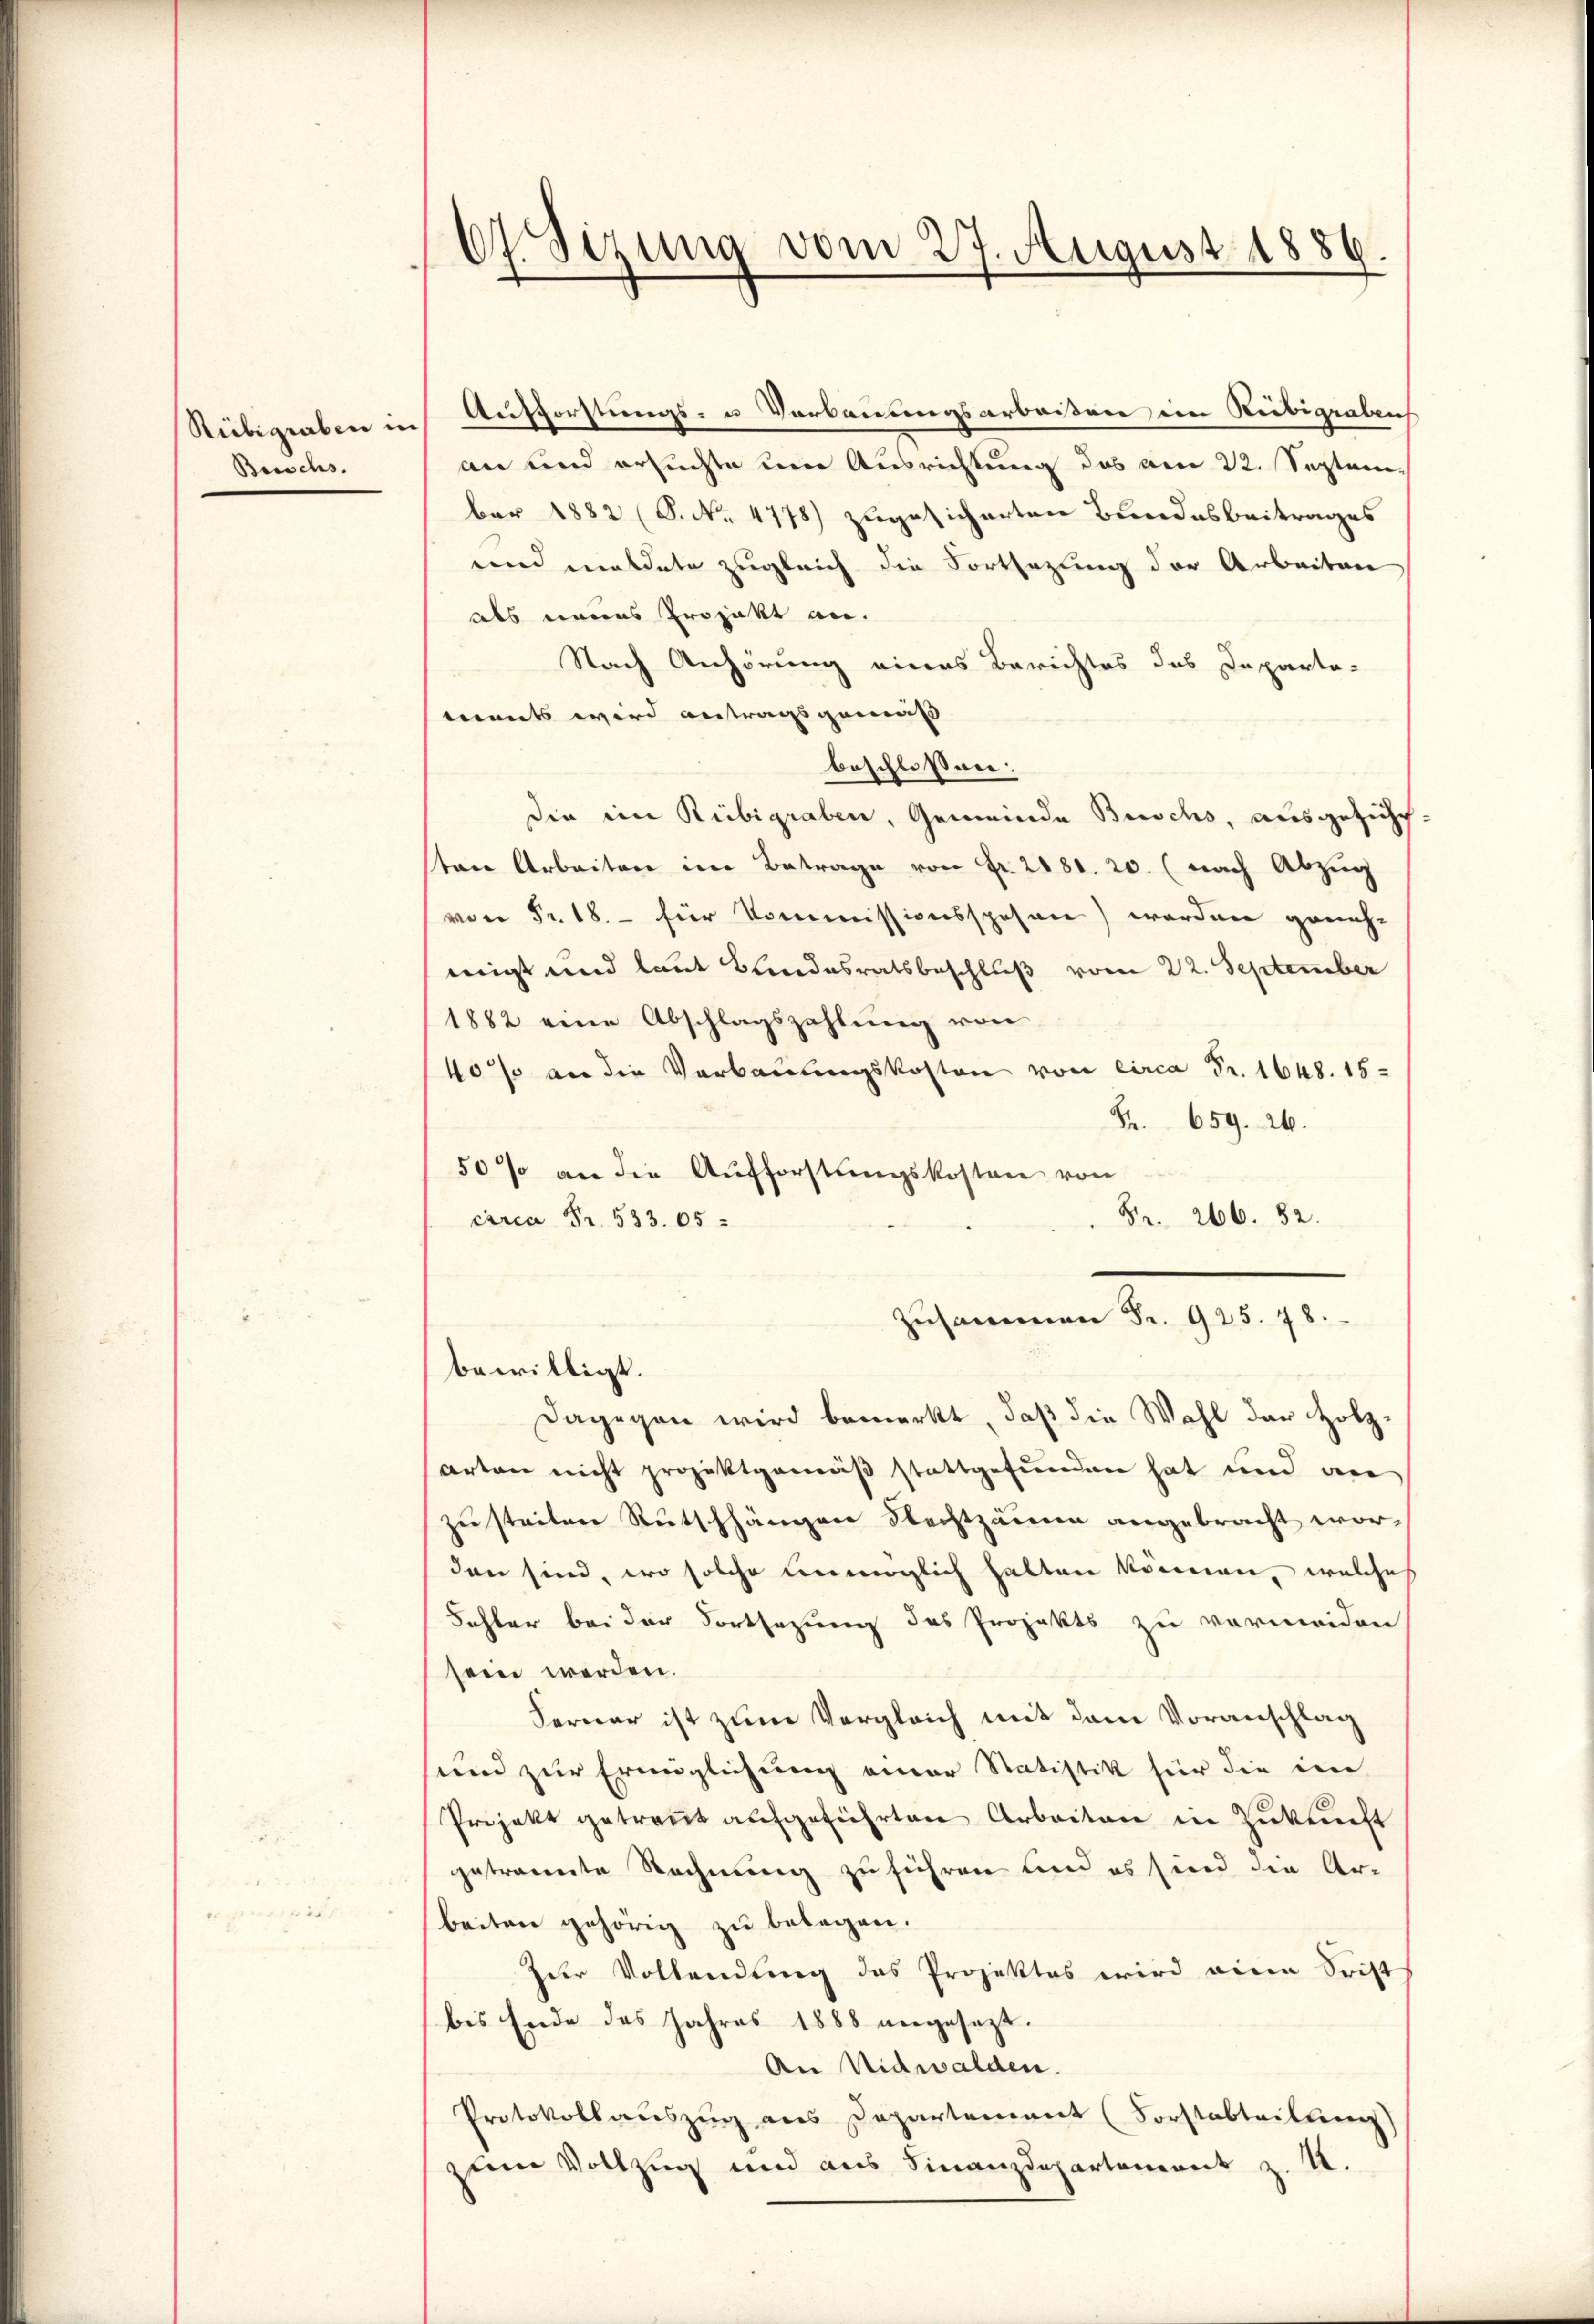
Rübigraben in
Beischs.

67. Sizung vom 27. August 1886

Aufforstungs- u Verbauungsarbeißen im Rübigraben
an und ersuchte um Ausrichtung des am 22. Septem
ber 1882 (S. Nr. 4778) zugesicherten Bundesbeitrages
und meldete zugleich die Fortsezung der Arbeiten
als eines Projekt an.
Nach Anhörung eines Berichtes das Departa-
ments wird antragsgemäß
beschlossen:
die im Rübigraben, Gemeinde Buschs, ausgeführ
ten Arbeiten im Betrage von Fr. 2181. 20. (nach Abzug
von Fr. 18. - für Kommissionsspesen) worden geneh-
migt und laut Bandesratsbeschluß vom 22. September
1882 eine Abschlagszahlung von
40% an die Verbauungskosten von circa Fr. 1648. 16
Fr. 659. 26.
50% an die Aufforstungskosten von
Fr. 266. 52.
carca Fr. 533. 05.
Zusammen Fr. 925. 78.
bewilligt.
Dagegen wird bemerkt, daß die Wahl der Holzarten nicht projektgemäß stattgefunden hat und an
zusteilen Rutschhängen Flechtzäune angebracht worden sind, wo solche unmöglich halten können, welches
Fehler bei der Fortsezung des Projekts zu vermeiden
sein werden.
Ferner ist zum Vergleich mit dem Voranschlag
und zur Ermöglichung einer Statistik für die im
Projekt getraṅt aŭfgeführten Arbeiten in Zŭkŭnft
getrannte Rechnung zu führen und es sind die Ar-
beiten gehörig zu belegen.
Eder Vollendung das Projektes wird eine Frist
bis Ende des Jahres 1888 angesezt.
An Nidwalden.
Protokollauszug aus Departement (Forstabteilung)
zum Vollzug und aus Finanzdepartement z. S.